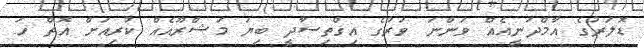
ޑޮލަރުގެ އާމްދަނީއެއް ވަންނަ ވަރުގެ އިގްތިސާދީ ބިޔަ މަޝްރޫއެއް ކުރިއަށް އޮތް ހަ